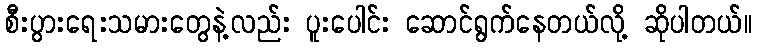
စီးပွားရေးသမားတွေနဲ့လည်း ပူးပေါင်း ဆောင်ရွက်နေတယ်လို့ ဆိုပါတယ်။